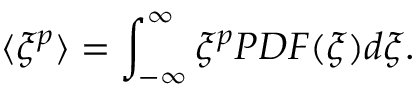
\langle \xi ^ { p } \rangle = \int _ { - \infty } ^ { \infty } \xi ^ { p } P D F ( \xi ) d \xi .